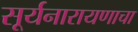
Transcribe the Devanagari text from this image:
सूर्यनारायणाचा